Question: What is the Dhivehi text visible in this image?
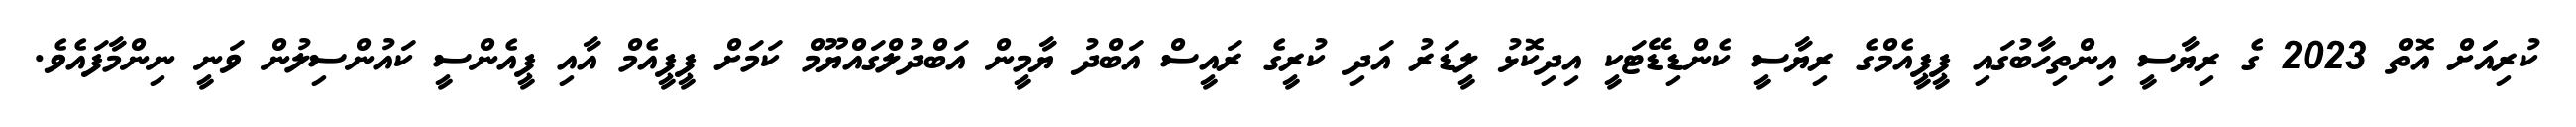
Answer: ކުރިއަަށް އޮތް 2023 ގެ ރިޔާސީ އިންތިހާބުގައި ޕީޕީއެމްގެ ރިޔާސީ ކެންޑިޑޭޓަކީ އިދިކޮޅު ލީޑަރު އަދި ކުރީގެ ރައީސް އަބްދު ޔާމީން އަބްދުލްގައްޔޫމް ކަމަށް ޕީޕީއެމް އާއި ޕީއެންސީ ކައުންސިލުން ވަނީ ނިންމާފައެވެ.